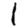
Digit: 1